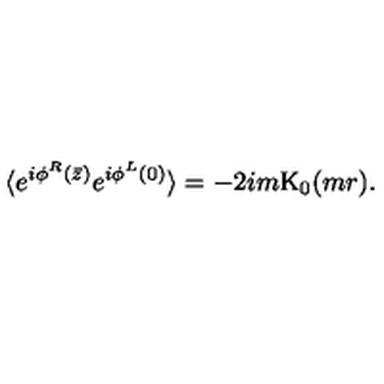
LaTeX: \langle e ^ { i \phi ^ { R } ( \bar { z } ) } e ^ { i \phi ^ { L } ( 0 ) } \rangle = - 2 i m \mathrm { K } _ { 0 } ( m r ) .